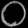
Digit: ၀